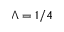
\Lambda = 1 / 4